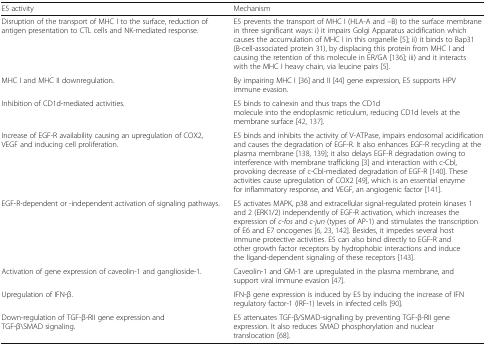
| E5 activity | Mechanism |
 | --- | --- |
 | Disruption of the transport of MHC I to the surface, reduction of antigen presentation to CTL cells and NK-mediated response. | E5 prevents the transport of MHC I (HLA-A and –B) to the surface membrane in three significant ways: i) it impairs Golgi Apparatus acidification which causes the accumulation of MHC I in this organelle [5]; ii) it binds to Bap31 (B-cell-associated protein 31), by displacing this protein from MHC I and causing the retention of this molecule in ER/GA [136]; iii) and it interacts with the MHC I heavy chain, via leucine pairs [5]. |
 | MHC I and MHC II downregulation. | By impairing MHC I [36] and II [44] gene expression, E5 supports HPV immune evasion. |
 | Inhibition of CD1d-mediated activities. | E5 binds to calnexin and thus traps the CD1d molecule into the endoplasmic reticulum, reducing CD1d levels at the membrane surface [42, 137]. |
 | Increase of EGF-R availability causing an upregulation of COX2, VEGF and inducing cell proliferation. | E5 binds and inhibits the activity of V-ATPase, impairs endosomal acidification and causes the degradation of EGF-R. It also enhances EGF-R recycling at the plasma membrane [138, 139]; it also delays EGF-R degradation owing to interference with membrane trafficking [3] and interaction with c-Cbl, provoking decrease of c-Cbl-mediated degradation of EGF-R [140]. These activities cause upregulation of COX2 [49], which is an essential enzyme for inflammatory response, and VEGF, an angiogenic factor [141]. |
 | EGF-R-dependent or -independent activation of signaling pathways. | E5 activates MAPK, p38 and extracellular signal-regulated protein kinases 1 and 2 (ERK1/2) independently of EGF-R activation, which increases the expression of c-fos and c-jun (types of AP-1) and stimulates the transcription of E6 and E7 oncogenes [6, 23, 142]. Besides, it impedes several host immune protective activities. E5 can also bind directly to EGF-R and other growth factor receptors by hydrophobic interactions and induce the ligand-dependent signaling of these receptors [143]. |
 | Activation of gene expression of caveolin-1 and ganglioside-1. | Caveolin-1 and GM-1 are upregulated in the plasma membrane, and support viral immune evasion [47]. |
 | Upregulation of IFN-β. | IFN-β gene expression is induced by E5 by inducing the increase of IFN regulatory factor-1 (IRF-1) levels in infected cells [90]. |
 | Down-regulation of TGF-β-RII gene expression and TGF-β\SMAD signaling. | E5 attenuates TGF-β/SMAD-signalling by preventing TGF-β-RII gene expression. It also reduces SMAD phosphorylation and nuclear translocation [68]. |